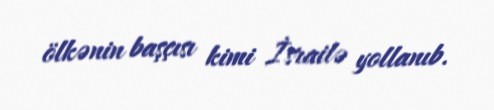
ölkənin başçısı kimi İsrailə yollanıb.